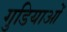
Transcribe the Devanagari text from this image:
गुडियाओं